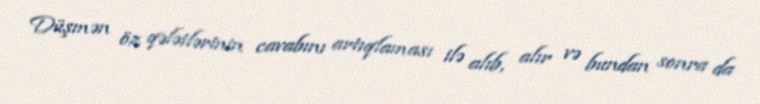
Düşmən öz qələtlərinin cavabını artıqlaması ilə alıb, alır və bundan sonra da